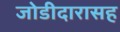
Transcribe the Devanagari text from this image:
जोडीदारासह